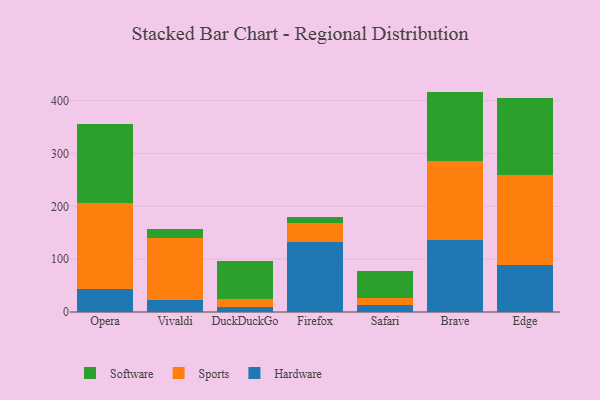
{"axis": {"x": "Browser", "y": "Production Output"}, "legend": ["Hardware", "Software", "Sports"], "data": [{"x": "Opera", "y": 44.2, "type": "Hardware"}, {"x": "Opera", "y": 162.9, "type": "Sports"}, {"x": "Opera", "y": 149.4, "type": "Software"}, {"x": "Vivaldi", "y": 23.1, "type": "Hardware"}, {"x": "Vivaldi", "y": 116.3, "type": "Sports"}, {"x": "Vivaldi", "y": 17.7, "type": "Software"}, {"x": "DuckDuckGo", "y": 9.2, "type": "Hardware"}, {"x": "DuckDuckGo", "y": 16.2, "type": "Sports"}, {"x": "DuckDuckGo", "y": 71.7, "type": "Software"}, {"x": "Firefox", "y": 132.2, "type": "Hardware"}, {"x": "Firefox", "y": 37.0, "type": "Sports"}, {"x": "Firefox", "y": 9.7, "type": "Software"}, {"x": "Safari", "y": 13.6, "type": "Hardware"}, {"x": "Safari", "y": 12.3, "type": "Sports"}, {"x": "Safari", "y": 50.8, "type": "Software"}, {"x": "Brave", "y": 136.3, "type": "Hardware"}, {"x": "Brave", "y": 148.9, "type": "Sports"}, {"x": "Brave", "y": 131.9, "type": "Software"}, {"x": "Edge", "y": 88.3, "type": "Hardware"}, {"x": "Edge", "y": 170.3, "type": "Sports"}, {"x": "Edge", "y": 147.0, "type": "Software"}]}